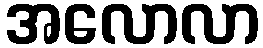
အလောလာ